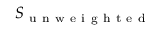
S _ { \mathrm { ~ u ~ n ~ w ~ e ~ i ~ g ~ h ~ t ~ e ~ d ~ } }